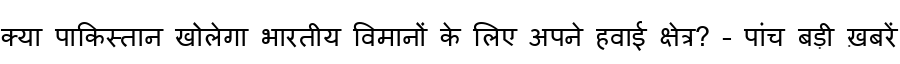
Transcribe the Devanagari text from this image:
क्या पाकिस्तान खोलेगा भारतीय विमानों के लिए अपने हवाई क्षेत्र? – पांच बड़ी ख़बरें